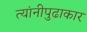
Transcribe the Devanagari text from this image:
त्यांनीपुढाकार